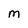
Character: m